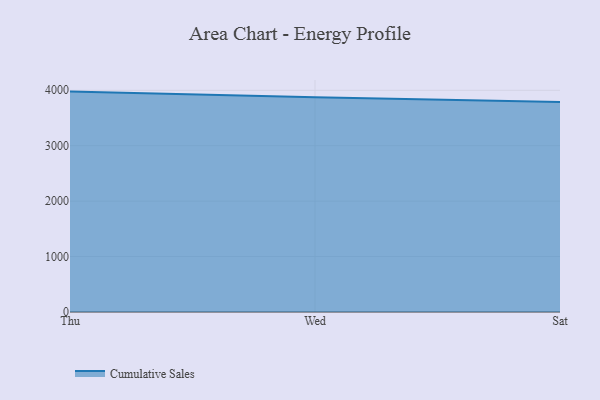
{"axis": {"x": "Day", "y": "Production Output"}, "legend": ["Cumulative Sales"], "data": [{"x": "Thu", "y": 3976.3, "type": "Cumulative Sales"}, {"x": "Wed", "y": 3875.2, "type": "Cumulative Sales"}, {"x": "Sat", "y": 3790.8, "type": "Cumulative Sales"}]}